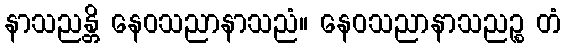
နာသညန္တိ နေဝသညာနာသညံ။ နေဝသညာနာသညဉ္စ တံ